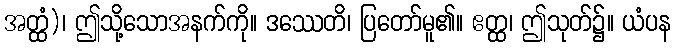
အတ္ထံ)၊ ဤသို့သောအနက်ကို။ ဒဿေတိ၊ ပြတော်မူ၏။ ဧတ္ထ၊ ဤသုတ်၌။ ယံပန